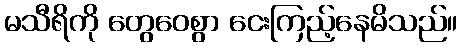
မသီရိကို တွေဝေစွာ ငေးကြည့်နေမိသည်။